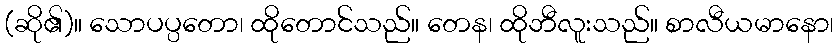
(ဆို၏)။ သောပပ္ပတော၊ ထိုတောင်သည်။ တေန၊ ထိုဘီလူးသည်။ စာလီယမာနော၊